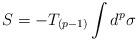
LaTeX: \begin{align*}S=-T_{(p-1)}\int d^p\sigma\end{align*}